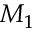
M _ { 1 }